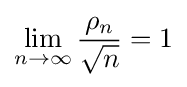
\lim _{n\rightarrow \infty }{\frac {\rho _{n}}{\sqrt {n}}}=1